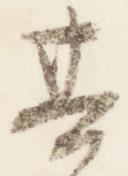
其